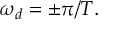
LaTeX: \omega _ { d } = \pm \pi / T .